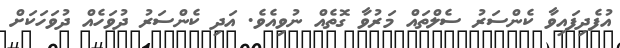
އުފެދިފައިވާ ކެންސަރު ސެލްތައް މަރުވާ ގޮތެއް ނުވިއެވެ. އަދި ކެންސަރު ދުވަހެއް ދުވަހަކަށް